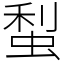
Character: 䖽